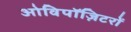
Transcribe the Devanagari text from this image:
ओविपॉज़िटरों